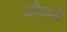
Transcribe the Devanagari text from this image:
ओवळे